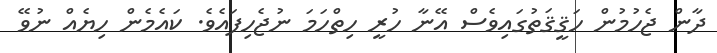
ދާން ޖެހުމުން ހަޤީޤަތުގައިވެސް އޭނާ ހުރީ ހިތްހަމަ ނުޖެހިފައެވެ. ކައެމެން ހިޔެއް ނުވޭ